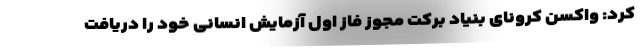
کرد: واکسن کرونای بنیاد برکت مجوز فاز اول آزمایش انسانی خود را دریافت